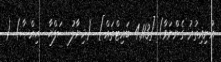
އުނިއިތުރު ގެންނަވާ) [4